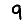
Digit: 9